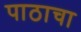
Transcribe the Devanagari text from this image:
पाठाचा